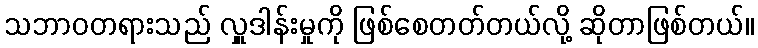
သဘာဝတရားသည် လှူဒါန်းမှုကို ဖြစ်စေတတ်တယ်လို့ ဆိုတာဖြစ်တယ်။